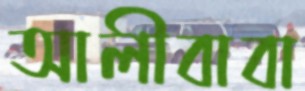
আলীবাবা